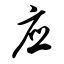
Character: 应